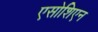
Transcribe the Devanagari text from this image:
एसोशिएन